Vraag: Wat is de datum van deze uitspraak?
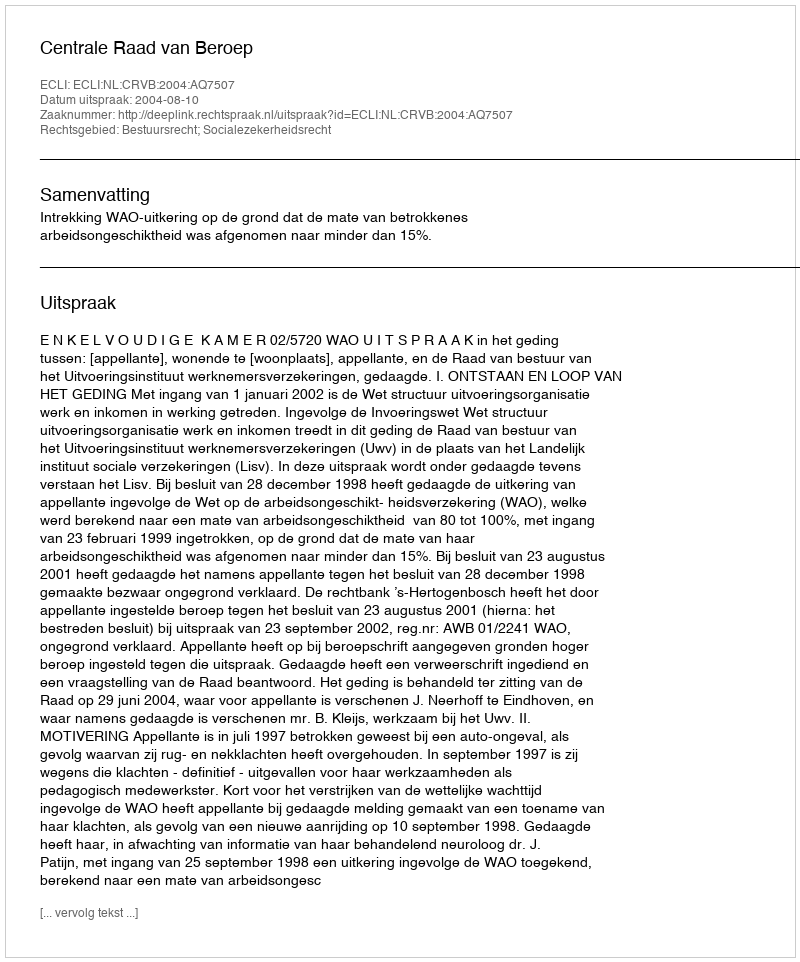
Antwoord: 2004-08-10